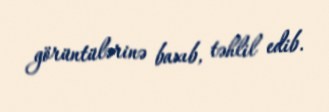
görüntülərinə baxıb, təhlil edib.